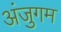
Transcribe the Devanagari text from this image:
अंजुगम